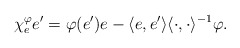
\begin{align*} \chi^\varphi_e e' = \varphi(e') e - \langle e,e' \rangle \langle\cdot,\cdot\rangle^{-1}\varphi.\end{align*}